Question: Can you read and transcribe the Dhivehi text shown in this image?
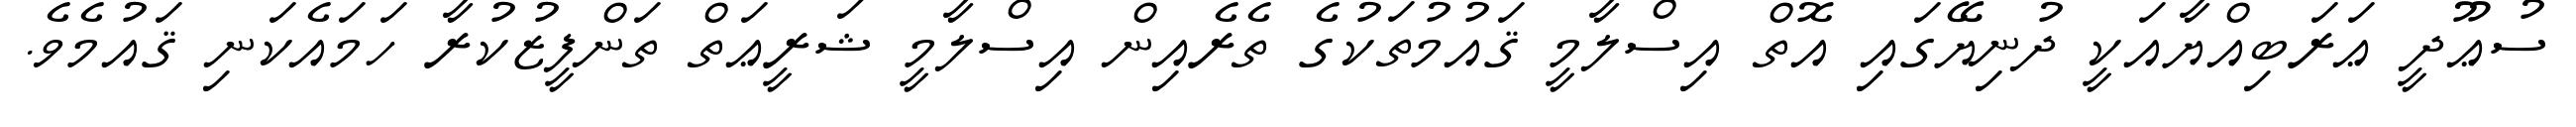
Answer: ސުޢޫދީ ޢަރަބިއްޔާއަކީ ދުނިޔޭގައި އޮތް އިސްލާމީ ޤައުމުތަކުގެ ތެރެއިން އިސްލާމީ ޝަރީޢަތް ތަންފީޒުކުރާ ހަމައެކަނި ޤައުމެވެ.